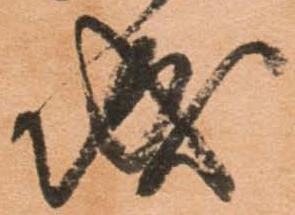
城